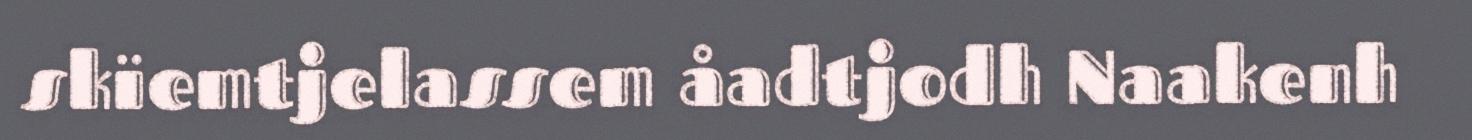
skïemtjelassem åadtjodh Naakenh